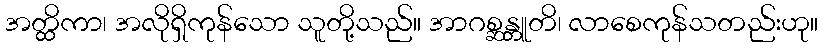
အတ္ထိကာ၊ အလိုရှိကုန်သော သူတို့သည်။ အာဂစ္ဆန္တူတိ၊ လာစေကုန်သတည်းဟု။